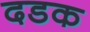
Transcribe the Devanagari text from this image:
दडक